Report of the Indian Hemp Drugs Commission, 1894-1895 - Volume VIII
Year: 1894
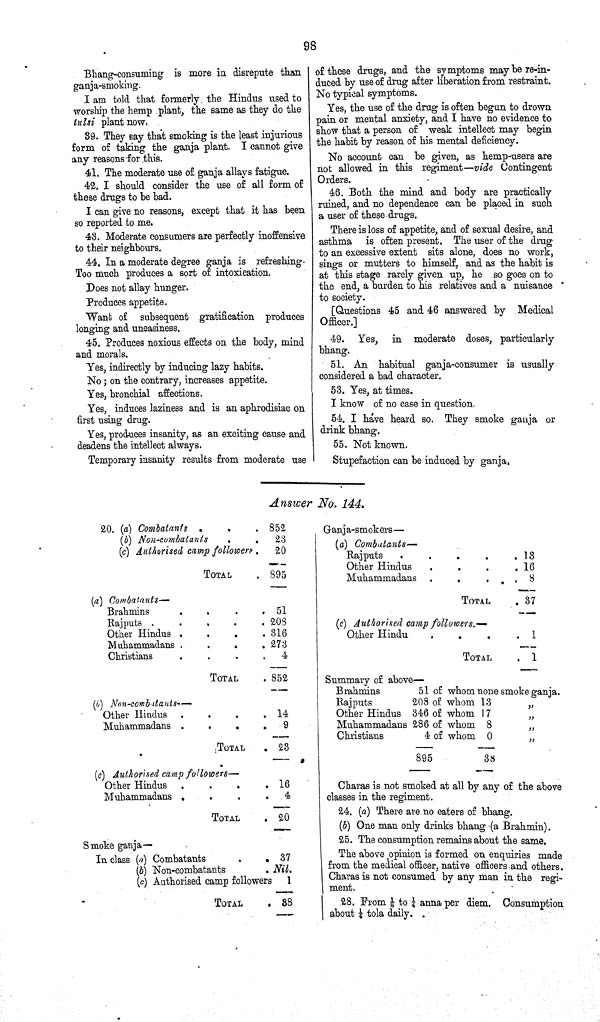
98
Bhang-consuming is more in disrepute than
ganja-smoking.
I am told that formerly, the Hindus used to
worship the hemp plant, the same as they do the
tulsi plant now.
39. They say that smoking is the least injurious
form of taking the ganja plant. I cannot give
any reasons for this.
41. The moderate use of ganja allays fatigue.
42. I should consider the use of all form of
these drugs to be bad.
I can give no reasons, except that it has been
so reported to me.
43. Moderate consumers are perfectly inoffensive
to their neighbours.
44. In a moderate degree ganja is refreshing.
Too much produces a sort of intoxication.
Does not allay hunger.
Produces appetite.
Want of subsequent gratification produces
longing and uneasiness.
45. Produces noxious effects on the body, mind
and morals.
Yes, indirectly by inducing lazy habits.
No; on the contrary, increases appetite.
Yes, bronchial affections.
Yes, induces laziness and is an aphrodisiac on
first using drug.
Yes, produces insanity, as an exciting cause and
deadens the intellect always.
Temporary insanity results from moderate use
of these drugs, and the symptoms may be re-in¬
duced by use of drug after liberation from restraint.
No typical symptoms.
Yes, the use of the drug is often begun to drown
pain or mental anxiety, and I have no evidence to
show that a person of weak intellect may begin
the habit by reason of his mental deficiency.
No account can be given, as hemp-users are
not allowed in this regiment—vide Contingent
Orders.
46. Both the mind and body are practically
ruined, and no dependence can be placed in such
a user of these drugs.
There is loss of appetite, and of sexual desire, and
asthma is often present. The user of the drug
to an excessive extent sits alone, does no work,
sings or mutters to himself, and as the habit is
at this stage rarely given up, he so goes on to
the end, a burden to his relatives and a nuisance
to society.
[Questions 45 and 46 answered by Medical
Officer.]
49. Yes, in moderate doses, particularly
bhang.
51. An habitual ganja-consumer is usually
considered a bad character.
53. Yes, at times.
I know of no case in question.
54. I have heard so. They smoke ganja or
drink bhang.
55. Not known.
Stupefaction can be induced by ganja,
Answer No. 144.
20. (a) Combatants
852
(b) Non-combatants
23
(c) Authorised camp followers 20
TOTAL
895
(a) Combatants—
Brahmins
51
Rajputs
208
Other Hindus
316
Muhammadans
273
Christians
4
TOTAL
852
(b)
Non-combitants—
Other Hindus
14
Muhammadans
9
TOTAL
23
(c) Authorised camp followers—
Other Hindus
16
Muhammadans
4
TOTAL
20
Smoke ganja—
In class (a) Combatants
37
(b) Non-combatants
Nil.
(c) Authorised camp followers 1
TOTAL
38
Ganja-smokers—
(a) Combatants—
Rajputs
13
Other Hindus
16
Muhammadans
8
TOTAL
37
(c) Authorised camp followers.—
Other Hindu
1
TOTAL
1
Summary of above—
Brahmins
51 of whom none smoke ganja.
Rajputs
208 of whom 13 "
Other Hindus 346 of whom 17 "
Muhammadans 286 of whom 8 "
Christians
4 of whom 0
"
895
38
Charas is not smoked at all by any of the above
classes in the regiment.
24. (a) There are no eaters of bhang.
(b) One man only drinks bhang (a Brahmin).
25. The consumption remains about the same.
The above opinion is formed on enquiries made
from the medical officer, native officers and others.
Charas is not consumed by any man in the regi¬
ment.
28. From 1/8 to 1/4 anna per diem. Consumption
about 1/4 tola daily.